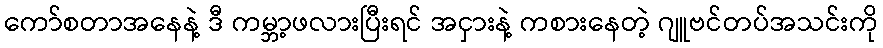
ကော်စတာအနေနဲ့ ဒီ ကမ္ဘာ့ဖလားပြီးရင် အငှားနဲ့ ကစားနေတဲ့ ဂျူဗင်တပ်အသင်းကို